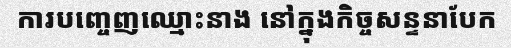
ការបញ្ចេញឈ្មោះនាង នៅក្នុងកិច្ចសន្ទនាបែក